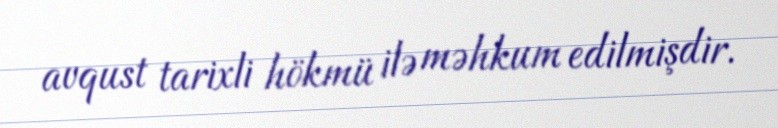
avqust tarixli hökmü ilə məhkum edilmişdir.